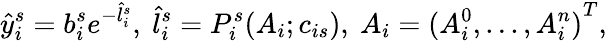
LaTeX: \hat{y}_{i}^{s}=b_{i}^{s}e^{-\hat{l}_{i}^{s}},\ \hat{l}_{i}^{s}=P_{i}^{s}(A_{i};c_{is}),\ A_{i}={(A_{i}^{0},...,A_{i}^{n})}^{T},